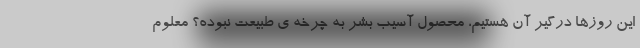
این روزها درگیر آن هستیم، محصول آسیب بشر به چرخه ی طبیعت نبوده؟ معلوم